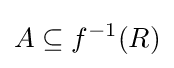
A\subseteq f^{-1}(R)